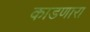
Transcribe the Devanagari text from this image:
काडणारा